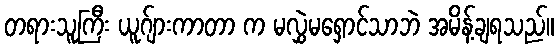
တရားသူကြီး ယူဂ်ျားကာတာ က မလွှဲမရှောင်သာဘဲ အမိန့်ချရသည်။